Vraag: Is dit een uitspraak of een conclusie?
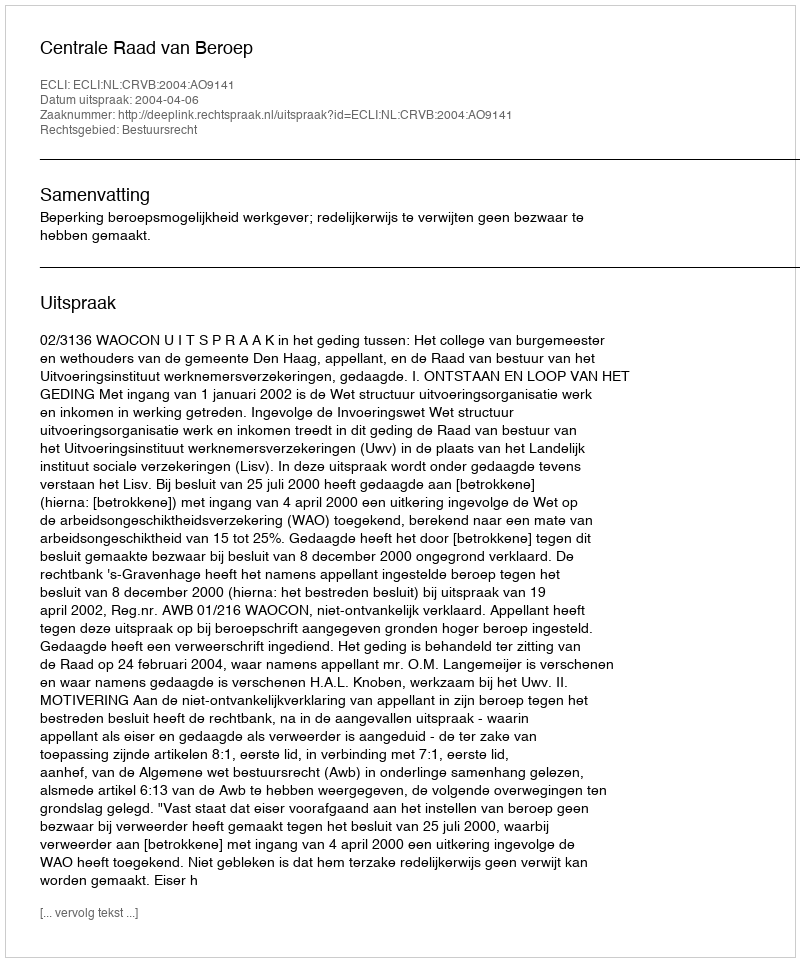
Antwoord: Uitspraak